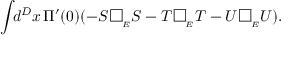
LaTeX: \int \! \! d ^ { D } x \, \Pi ^ { \prime } ( 0 ) ( - S \, \framebox ( 7 , 7 ) { } _ { _ { E } } S - T \, \framebox ( 7 , 7 ) { } _ { _ { E } } T - U \, \framebox ( 7 , 7 ) { } _ { _ { E } } U ) .